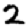
Digit: 2